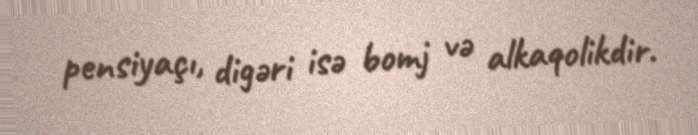
pensiyaçı, digəri isə bomj və alkaqolikdir.